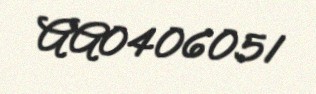
AA0406051